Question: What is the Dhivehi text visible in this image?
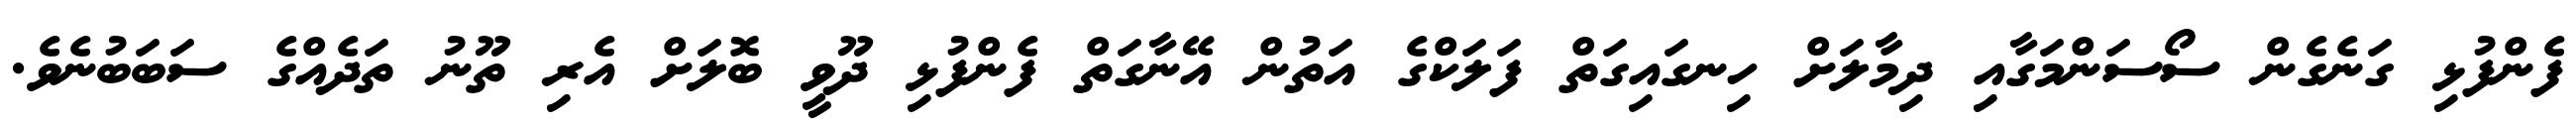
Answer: ފެންފުޅި ގަނެގެން ސޯސަންމަގާއި ދިމާލަށް ހިނގައިގަތް ފަލަކްގެ އަތުން އޭނާގަތް ފެންފުޅި ދޫވީ ބޮލަށް އެރި ތޫނު ތަދެއްގެ ސަބަބުނެވެ.